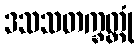
ဒသသတက္ခတ္တုံ